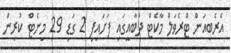
އެރެބިއަން ޓްރެވަލް މާކެޓް ދުބާއީގައި ފަށައިފި 2 ގަޑި 29 މިނެޓް ކުރިން